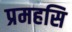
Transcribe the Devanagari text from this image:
प्रमहसि